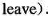
leave).